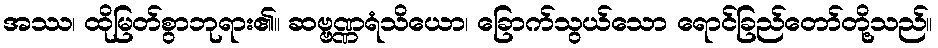
အဿ၊ ထိုမြတ်စွာဘုရား၏။ ဆဗ္ဗဏ္ဏရံသိယော၊ ခြောက်သွယ်သော ရောင်ခြည်တော်တို့သည်။